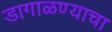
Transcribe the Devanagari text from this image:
डागाळण्याचा